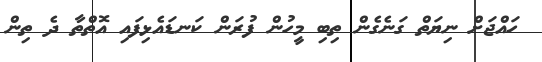
ހައްޖަށް ނިޔަތް ގަނެގެން ތިބި މީހުން ފުރަން ކަނޑައެޅިފައި އޮތްތާ ދެ ތިން